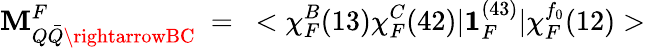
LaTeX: \mathbf{M}_{Q\bar{{Q}}\rightarrowBC}^{F}~=~<\chi_{F}^{B}(13)\chi_{F}^{C}(42)|{\mathbf{{1}}}_{F}^{(43)}|\chi_{F}^{f_{0}}(12)>